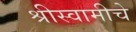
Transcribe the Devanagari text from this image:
श्रीस्वामीचे